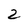
Character: 2